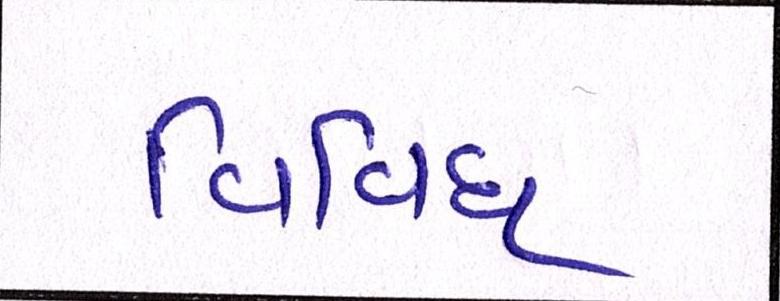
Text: વિવિધ